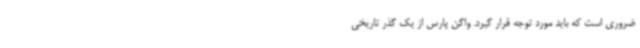
ضروری است که باید مورد توجه قرار گیرد. واگن پارس از یک گذر تاریخی